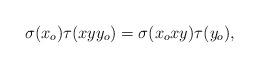
LaTeX: \begin{align*}\sigma(x_o) \tau(xyy_o) = \sigma(x_o xy) \tau(y_o),\end{align*}